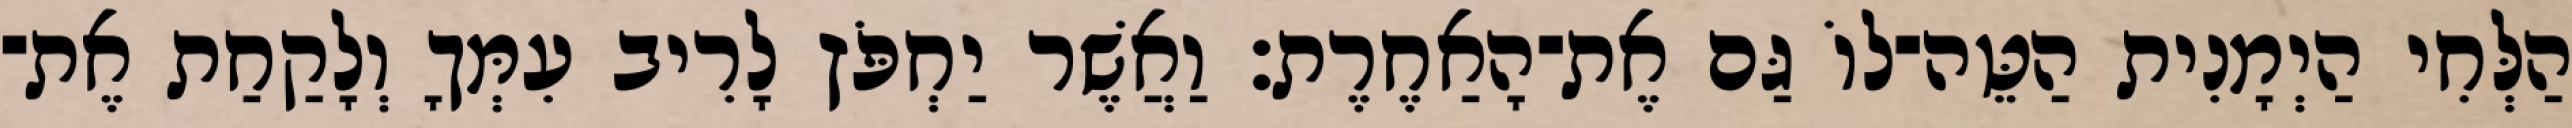
הַלְּחִי הַיְמָנִית הַטֵּה־לוֹ גַּם אֶת־הָאַחֶרֶת׃ וַאֲשֶׁר יַחְפֹּץ לָרִיב עִמְּךָ וְלָקַחַת אֶת־